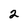
Character: 2